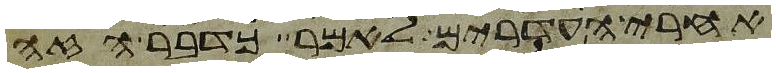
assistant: אחרי העדרים לאמר כדבר הזה